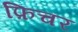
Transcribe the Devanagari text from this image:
फ़िचर